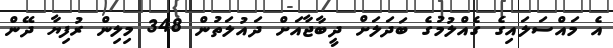
އެ މައްސަލައިގެ ގެއްލުމުގެ ބަދަލަށް ދީބާޖާއަށް ދައުލަތުން 348 މިލިން ރުފިޔާ ދޭން